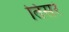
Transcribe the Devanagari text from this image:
तिसरं